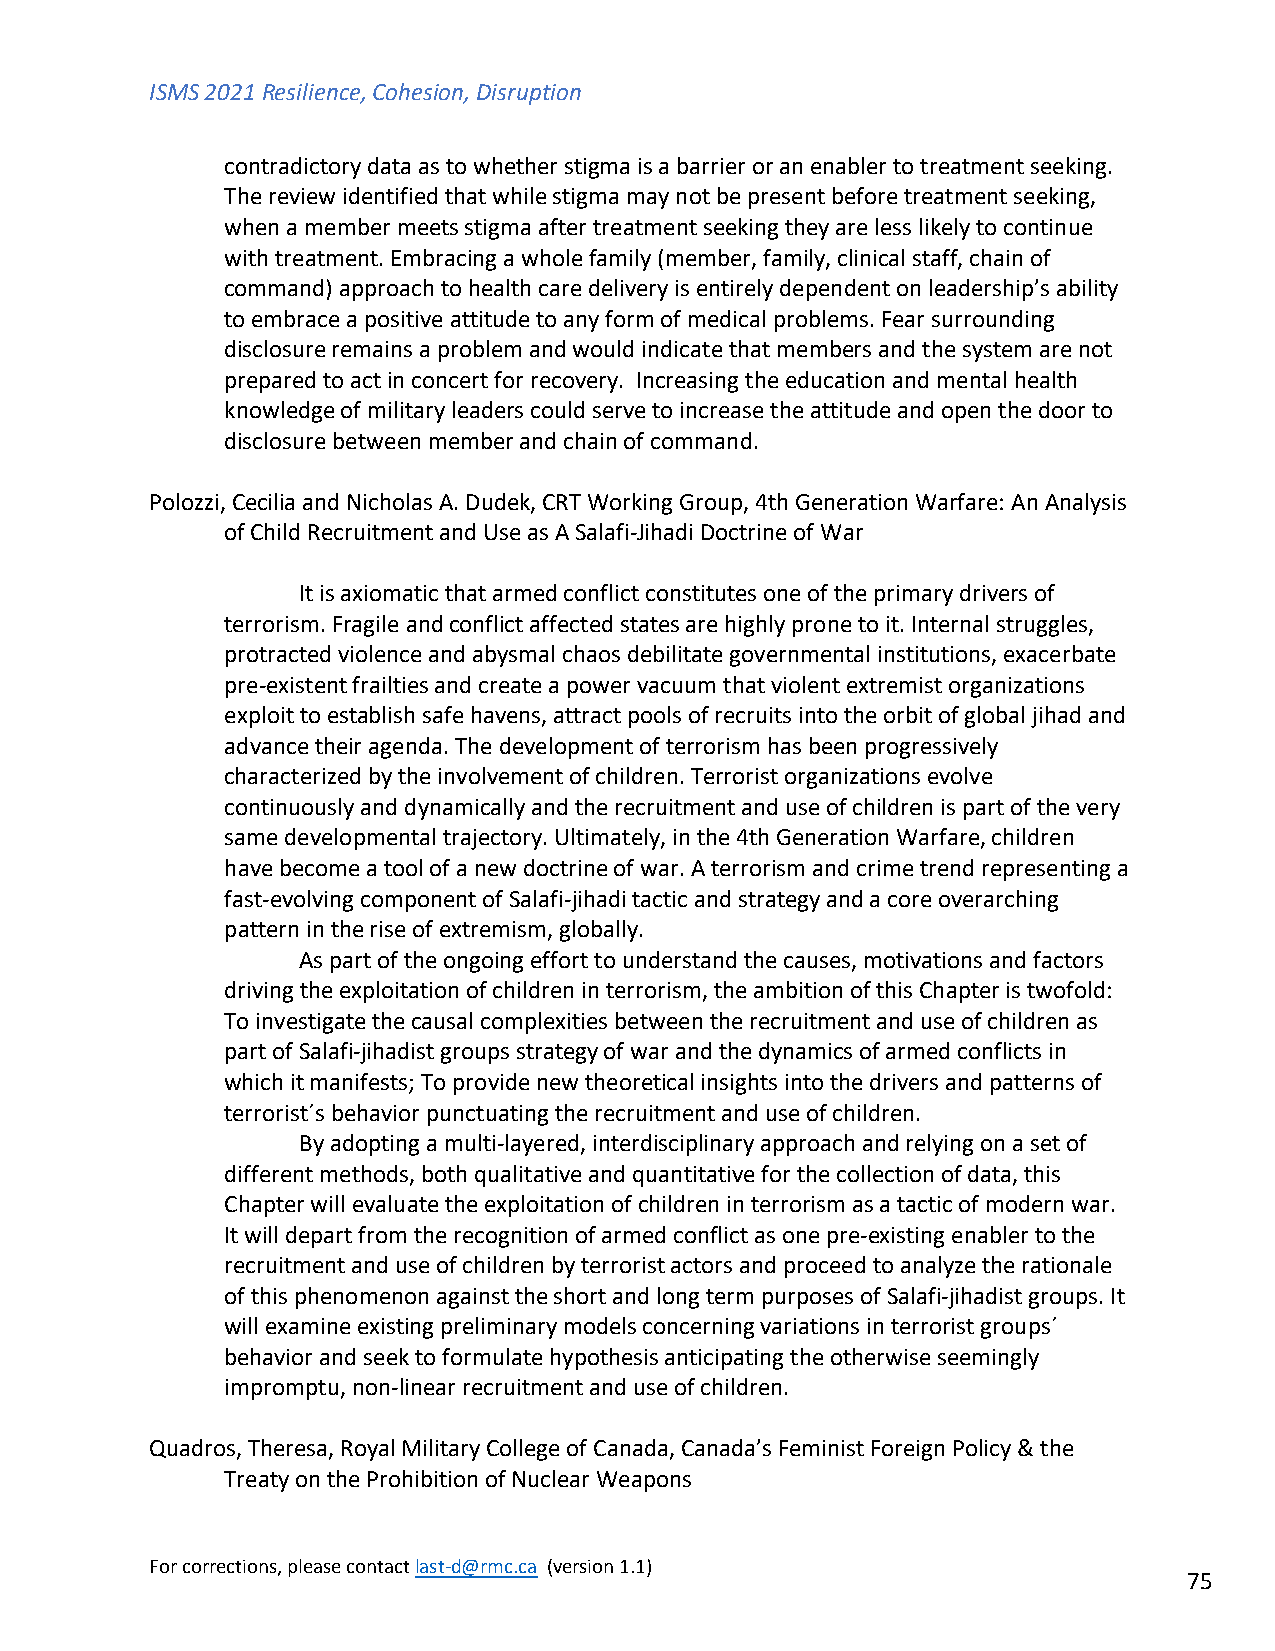
ISMS 2021 Resilience, Cohesion, Disruption
 contradictory data as to whether stigma is a barrier or an enabler to treatment seeking.
 The review identified that while stigma may not be present before treatment seeking,
 when a member meets stigma after treatment seeking they are less likely to continue
 with treatment. Embracing a whole family (member, family, clinical staff, chain of
 command) approach to health care delivery is entirely dependent on leadership’s ability
 to embrace a positive attitude to any form of medical problems. Fear surrounding
 disclosure remains a problem and would indicate that members and the system are not
 prepared to act in concert for recovery. Increasing the education and mental health
 knowledge of military leaders could serve to increase the attitude and open the door to
 disclosure between member and chain of command.
 Polozzi, Cecilia and Nicholas A. Dudek, CRT Working Group, 4th Generation Warfare: An Analysis
 of Child Recruitment and Use as A Salafi-Jihadi Doctrine of War
 It is axiomatic that armed conflict constitutes one of the primary drivers of
 terrorism. Fragile and conflict affected states are highly prone to it. Internal struggles,
 protracted violence and abysmal chaos debilitate governmental institutions, exacerbate
 pre-existent frailties and create a power vacuum that violent extremist organizations
 exploit to establish safe havens, attract pools of recruits into the orbit of global jihad and
 advance their agenda. The development of terrorism has been progressively
 characterized by the involvement of children. Terrorist organizations evolve
 continuously and dynamically and the recruitment and use of children is part of the very
 same developmental trajectory. Ultimately, in the 4th Generation Warfare, children
 have become a tool of a new doctrine of war. A terrorism and crime trend representing a
 fast-evolving component of Salafi-jihadi tactic and strategy and a core overarching
 pattern in the rise of extremism, globally.
 As part of the ongoing effort to understand the causes, motivations and factors
 driving the exploitation of children in terrorism, the ambition of this Chapter is twofold:
 To investigate the causal complexities between the recruitment and use of children as
 part of Salafi-jihadist groups strategy of war and the dynamics of armed conflicts in
 which it manifests; To provide new theoretical insights into the drivers and patterns of
 terrorist´s behavior punctuating the recruitment and use of children.
 By adopting a multi-layered, interdisciplinary approach and relying on a set of
 different methods, both qualitative and quantitative for the collection of data, this
 Chapter will evaluate the exploitation of children in terrorism as a tactic of modern war.
 It will depart from the recognition of armed conflict as one pre-existing enabler to the
 recruitment and use of children by terrorist actors and proceed to analyze the rationale
 of this phenomenon against the short and long term purposes of Salafi-jihadist groups. It
 will examine existing preliminary models concerning variations in terrorist groups´
 behavior and seek to formulate hypothesis anticipating the otherwise seemingly
 impromptu, non-linear recruitment and use of children.
 Quadros, Theresa, Royal Military College of Canada, Canada’s Feminist Foreign Policy & the
 Treaty on the Prohibition of Nuclear Weapons
 For corrections, please contact last-d@rmc.ca (version 1.1)
 75